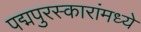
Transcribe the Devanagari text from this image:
पद्मपुरस्कारांमध्ये